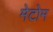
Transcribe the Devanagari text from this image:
मेटोम